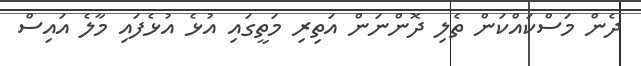
ދެން މަސްކައްކަން ތެލި ދޮންނަން އަތިރި މަތީގައި އުޅެ އުޅެފައި މާލެ އައިސް